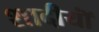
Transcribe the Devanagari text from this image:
शादीयाॅं